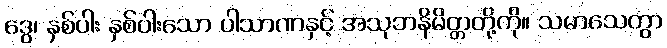
ဒွေ၊ နှစ်ပါး နှစ်ပါးသော ပါသာဏနှင့် အသုဘနိမိတ္တတို့ကို။ သမာသေတွာ